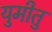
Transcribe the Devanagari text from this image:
युमीतु